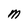
Character: M